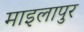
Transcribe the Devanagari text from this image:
माइलापुर